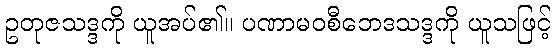
ဥတုဇသဒ္ဒကို ယူအပ်၏။ ပဏာမဝစီဘေဒသဒ္ဒကို ယူသဖြင့်